Sanitation, dispensaries and jails vaccination Rajputana 1922-1927 - 1922-1927
Year: 1922
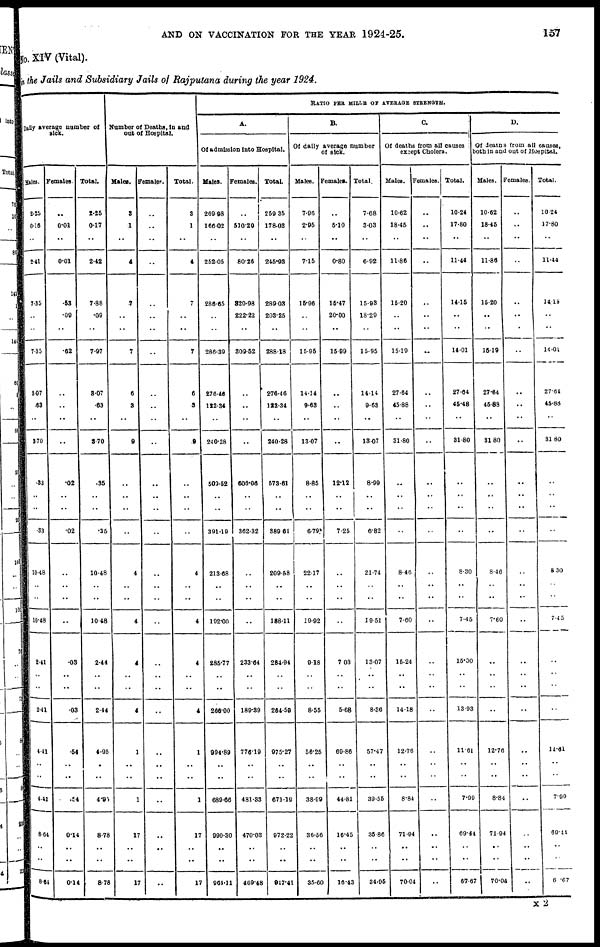
AND ON VACCINATION FOR THE YEAR 1924-25.
157
No. XIV (Vital).
in the Jails and Subsidiary Jails of Rajputana during the year 1924.
Daily average number of
sick.
Males.
2.25
0.16
..
2.41
7.35
..
..
7.35
8.07
.63
..
3.70
.33
..
..
.33
10.48
..
..
10.48
2.41
..
..
2.41
4.41
..
..
4.41
8.64
..
..
8.64
Females.
..
0.01
..
0.01
.53
.09
..
.62
..
..
..
..
.02
..
..
.02
..
..
..
..
.03
..
..
.03
.54
..
..
.54
0.14
..
..
0.14
Total.
2.25
0.17
..
2.42
7.88
.09
..
7.97
8.07
.63
..
3.70
.35
..
..
.35
10.48
..
..
10.48
2.44
..
..
2.44
4.95
..
..
4.95
8.78
..
..
8.78
Number of Deaths, in and
out of Hospital.
Males.
3
1
..
4
7
..
..
7
6
3
..
9
..
..
..
..
4
..
..
4
4
..
..
4
1
..
..
1
17
..
..
17
Females.
..
..
..
..
..
..
..
..
..
..
..
..
..
..
..
..
..
..
..
..
..
..
..
..
..
..
..
..
..
..
..
..
Total.
3
1
..
4
..
..
..
7
6
3
..
9
..
..
..
..
4
..
..
4
4
..
..
4
1
..
..
1
17
..
..
17
RATIO PER MILLE OF AVERAGE STRENGTH.
A.
Of admission into Hospital.
Males.
269.98
166.02
..
252.05
286.65
..
..
286.39
276.46
122.34
..
240.28
509.52
..
..
391.19
213.08
..
..
192.00
285.77
..
..
266.00
994.89
..
..
689.66
990.30
..
..
904.11
Females.
..
510.20
..
80.26
320.98
222.22
..
309.52
..
..
..
..
606.06
..
..
362.32
..
..
..
..
233.04
..
..
189.39
776.19
..
..
481.33
470.03
..
..
469.48
Total.
259 35
178.03
..
245.93
289.03
203.25
..
288.18
276.46
122.34
..
240.28
573.61
..
..
389 61
209.-58
..
..
188.11
284.94
..
..
264-59
975.27
..
..
671.19
972.22
..
..
947.41
B.
Of daily average number
of sick.
Males.
7.96
2.95
..
7.15
15.96
..
..
15.95
14.14
9.63
..
13.07
8.85
..
..
6.79
22.17
..
..
19.92
9.18
..
..
8.55
56.25
..
..
38.99
36.56
..
..
35.60
Females.
..
5.10
..
0.80
15.47
20.00
..
15.99
..
..
..
..
12.12
..
..
7.25
..
..
..
..
7 03
..
..
5.68
69.86
..
..
44.81
16.45
..
..
16.43
Total.
7.68
3.03
..
6.92
15.93
18.29
..
15.95
14.14
9.63
..
13. 07
8.99
..
..
6.82
21.74
..
..
19.51
13.07
..
..
8.36
57.47
..
..
39.55
35.86
..
..
34.95
C.
Of deaths from all causes
except Cholera.
Males.
10.62
18.45
..
11.86
15.20
..
..
15.19
27.64
45.88
..
31.80
..
..
..
..
8.46
..
..
7.60
15.24
..
..
14.18
12.76
..
..
8.84
71.94
..
..
70.04
Females.
..
..
..
..
..
..
..
..
..
..
..
..
..
..
..
..
..
..
..
..
..
..
..
..
..
..
..
..
..
..
..
Total.
10.24
17.80
..
11.44
14.15
..
..
14.01
27.64
45.48
..
31.80
..
..
..
..
8.30
..
..
7.45
15.00
..
..
13.93
11.61
..
..
7.99
69.44
..
..
67.67
D.
Of deaths from all causes,
both in and out of Hospital.
Males.
10.62
18.45
..
11.86
15.20
..
..
15.19
27.64
45.88
..
31 80
..
..
..
..
8.46
..
..
7.60
..
..
..
..
12.76
..
..
8.84
71.94
..
..
70.04
Females.
..
..
..
..
..
..
..
..
..
..
..
..
..
..
..
..
..
..
..
..
..
..
..
..
..
..
..
..
..
..
..
..
Total.
10.24
17.80
..
11.44
14.15
..
..
14.01
27.64
45.88
..
31.80
..
..
..
..
8 30
..
..
7.45
..
..
..
..
11.61
..
..
7.99
69.44
..
..
6 .67
X 2